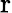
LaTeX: \mathrm{r}